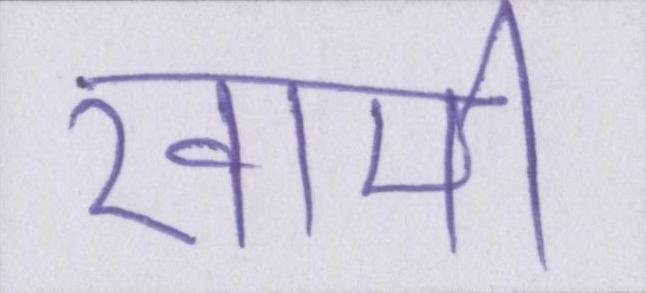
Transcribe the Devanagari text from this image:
खामी